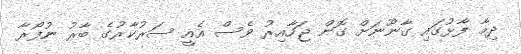
ދިމާ ފާޅުގައި ގާނޫނަށް ގޮން ޖަހާއިރު ވެސް އެއީ ސަރުކާރުގެ ބާރު ނުފޯރާ